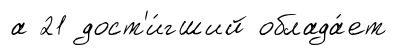
а 21 дост'и́гший облада́ет